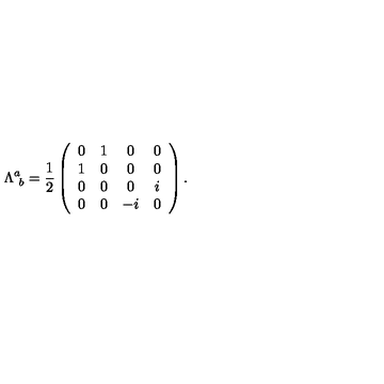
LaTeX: \Lambda _ { \ b } ^ { a } = { \frac { 1 } { 2 } } \left( \begin{array} { c c c c } { 0 } & { 1 } & { 0 } & { 0 } \\ { 1 } & { 0 } & { 0 } & { 0 } \\ { 0 } & { 0 } & { 0 } & { i } \\ { 0 } & { 0 } & { - i } & { 0 } \\ \end{array} \right) .